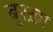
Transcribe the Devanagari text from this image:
बुरख़ा